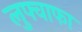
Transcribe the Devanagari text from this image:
लुफ्वाफा